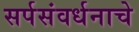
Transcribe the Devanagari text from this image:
सर्पसंवर्धनाचे